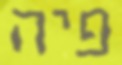
פיה